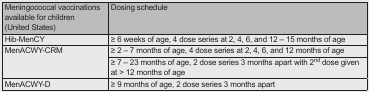
| Meningococcal vaccinations available for children (United States) | Dosing schedule |
 | --- | --- |
 | Hib-MenCY | ≥ 6 weeks of age, 4 dose series at 2, 4, 6, and 12 – 15 months of age |
 | <ROWSPAN=2> MenACWY-CRM | ≥ 2 – 7 months of age, 4 dose series at 2, 4, 6, and 12 months of age |
 | ≥ 7 – 23 months of age, 2 dose series 3 months apart with 2nd dose given at > 12 months of age |
 | MenACWY-D | ≥ 9 months of age, 2 dose series 3 months apart |